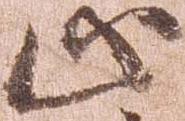
止